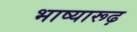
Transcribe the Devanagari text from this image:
भाष्यारूढ़